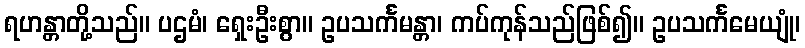
ရဟန္တာတို့သည်။ ပဌမံ၊ ရှေးဦးစွာ။ ဥပသင်္ကမန္တာ၊ ကပ်ကုန်သည်ဖြစ်၍။ ဥပသင်္ကမေယျုံ၊